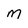
Character: m